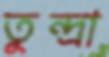
তুন্দ্রা